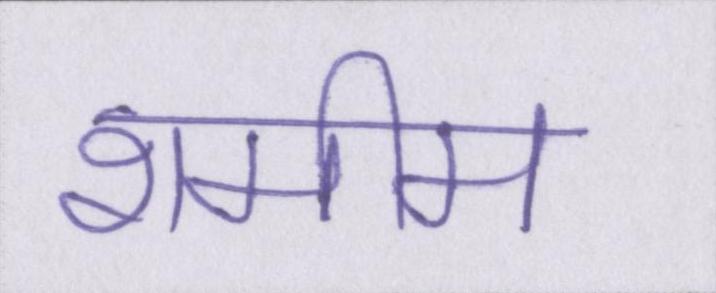
शमीम